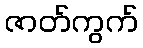
ဇာတ်ကွက်